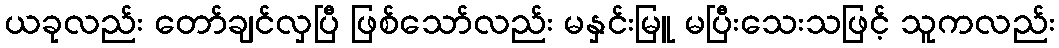
ယခုလည်း တော်ချင်လှပြီ ဖြစ်သော်လည်း မနှင်းမြူ မပြီးသေးသဖြင့် သူကလည်း